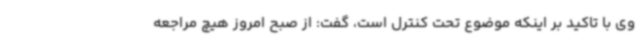
وی با تاکید بر اینکه موضوع تحت کنترل است، گفت: از صبح امروز هیچ مراجعه